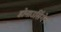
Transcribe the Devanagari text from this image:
डोनाउसिंगेन